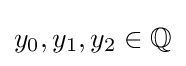
{\textstyle y_{0},y_{1},y_{2}\in \mathbb {Q} }